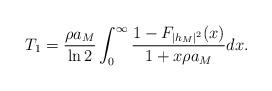
LaTeX: \begin{align*}T_1=\frac{\rho a_M}{\ln 2}\int^{\infty}_{0}\frac{1-F_{|h_M|^2}(x)}{1+x\rho a_M}dx.\end{align*}